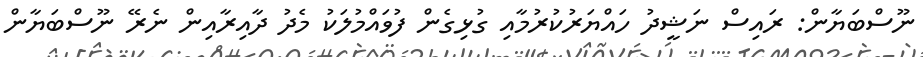
ނޫސްބަޔާން: ރައިސް ނަޝީދު ހައްޔަރުކުރުމާއި ގުޅިގެން ފުވައްމުލަކު މެދު ދާއިރާއިން ނެރޭ ނޫސްބަޔާން